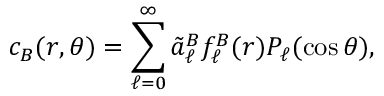
c _ { B } ( r , \theta ) = \sum _ { \ell = 0 } ^ { \infty } \tilde { a } _ { \ell } ^ { B } f _ { \ell } ^ { B } ( r ) P _ { \ell } ( \cos \theta ) ,